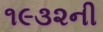
૧૯૩૨ની